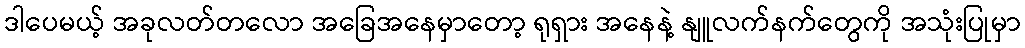
ဒါပေမယ့် အခုလတ်တလော အခြေအနေမှာတော့ ရုရှား အနေနဲ့ နျူလက်နက်တွေကို အသုံးပြုမှာ